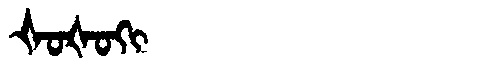
Manchu: ᡧᠣᡧᠣᡴᡳ
Romanization: ŠOŠOKI